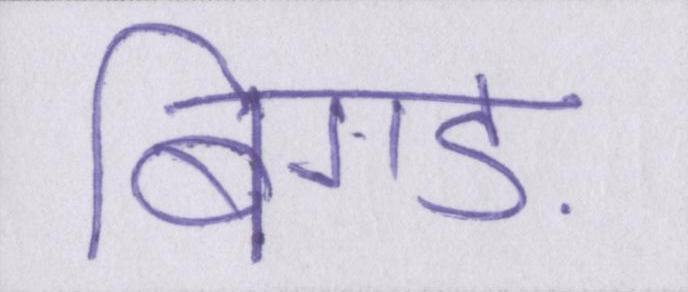
बिगड़